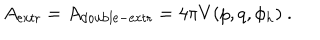
A _ { \mathrm { e x t r } } = A _ { \mathrm { d o u b l e - e x t r } } = 4 \pi V ( p , q , \phi _ { h } ) \ .